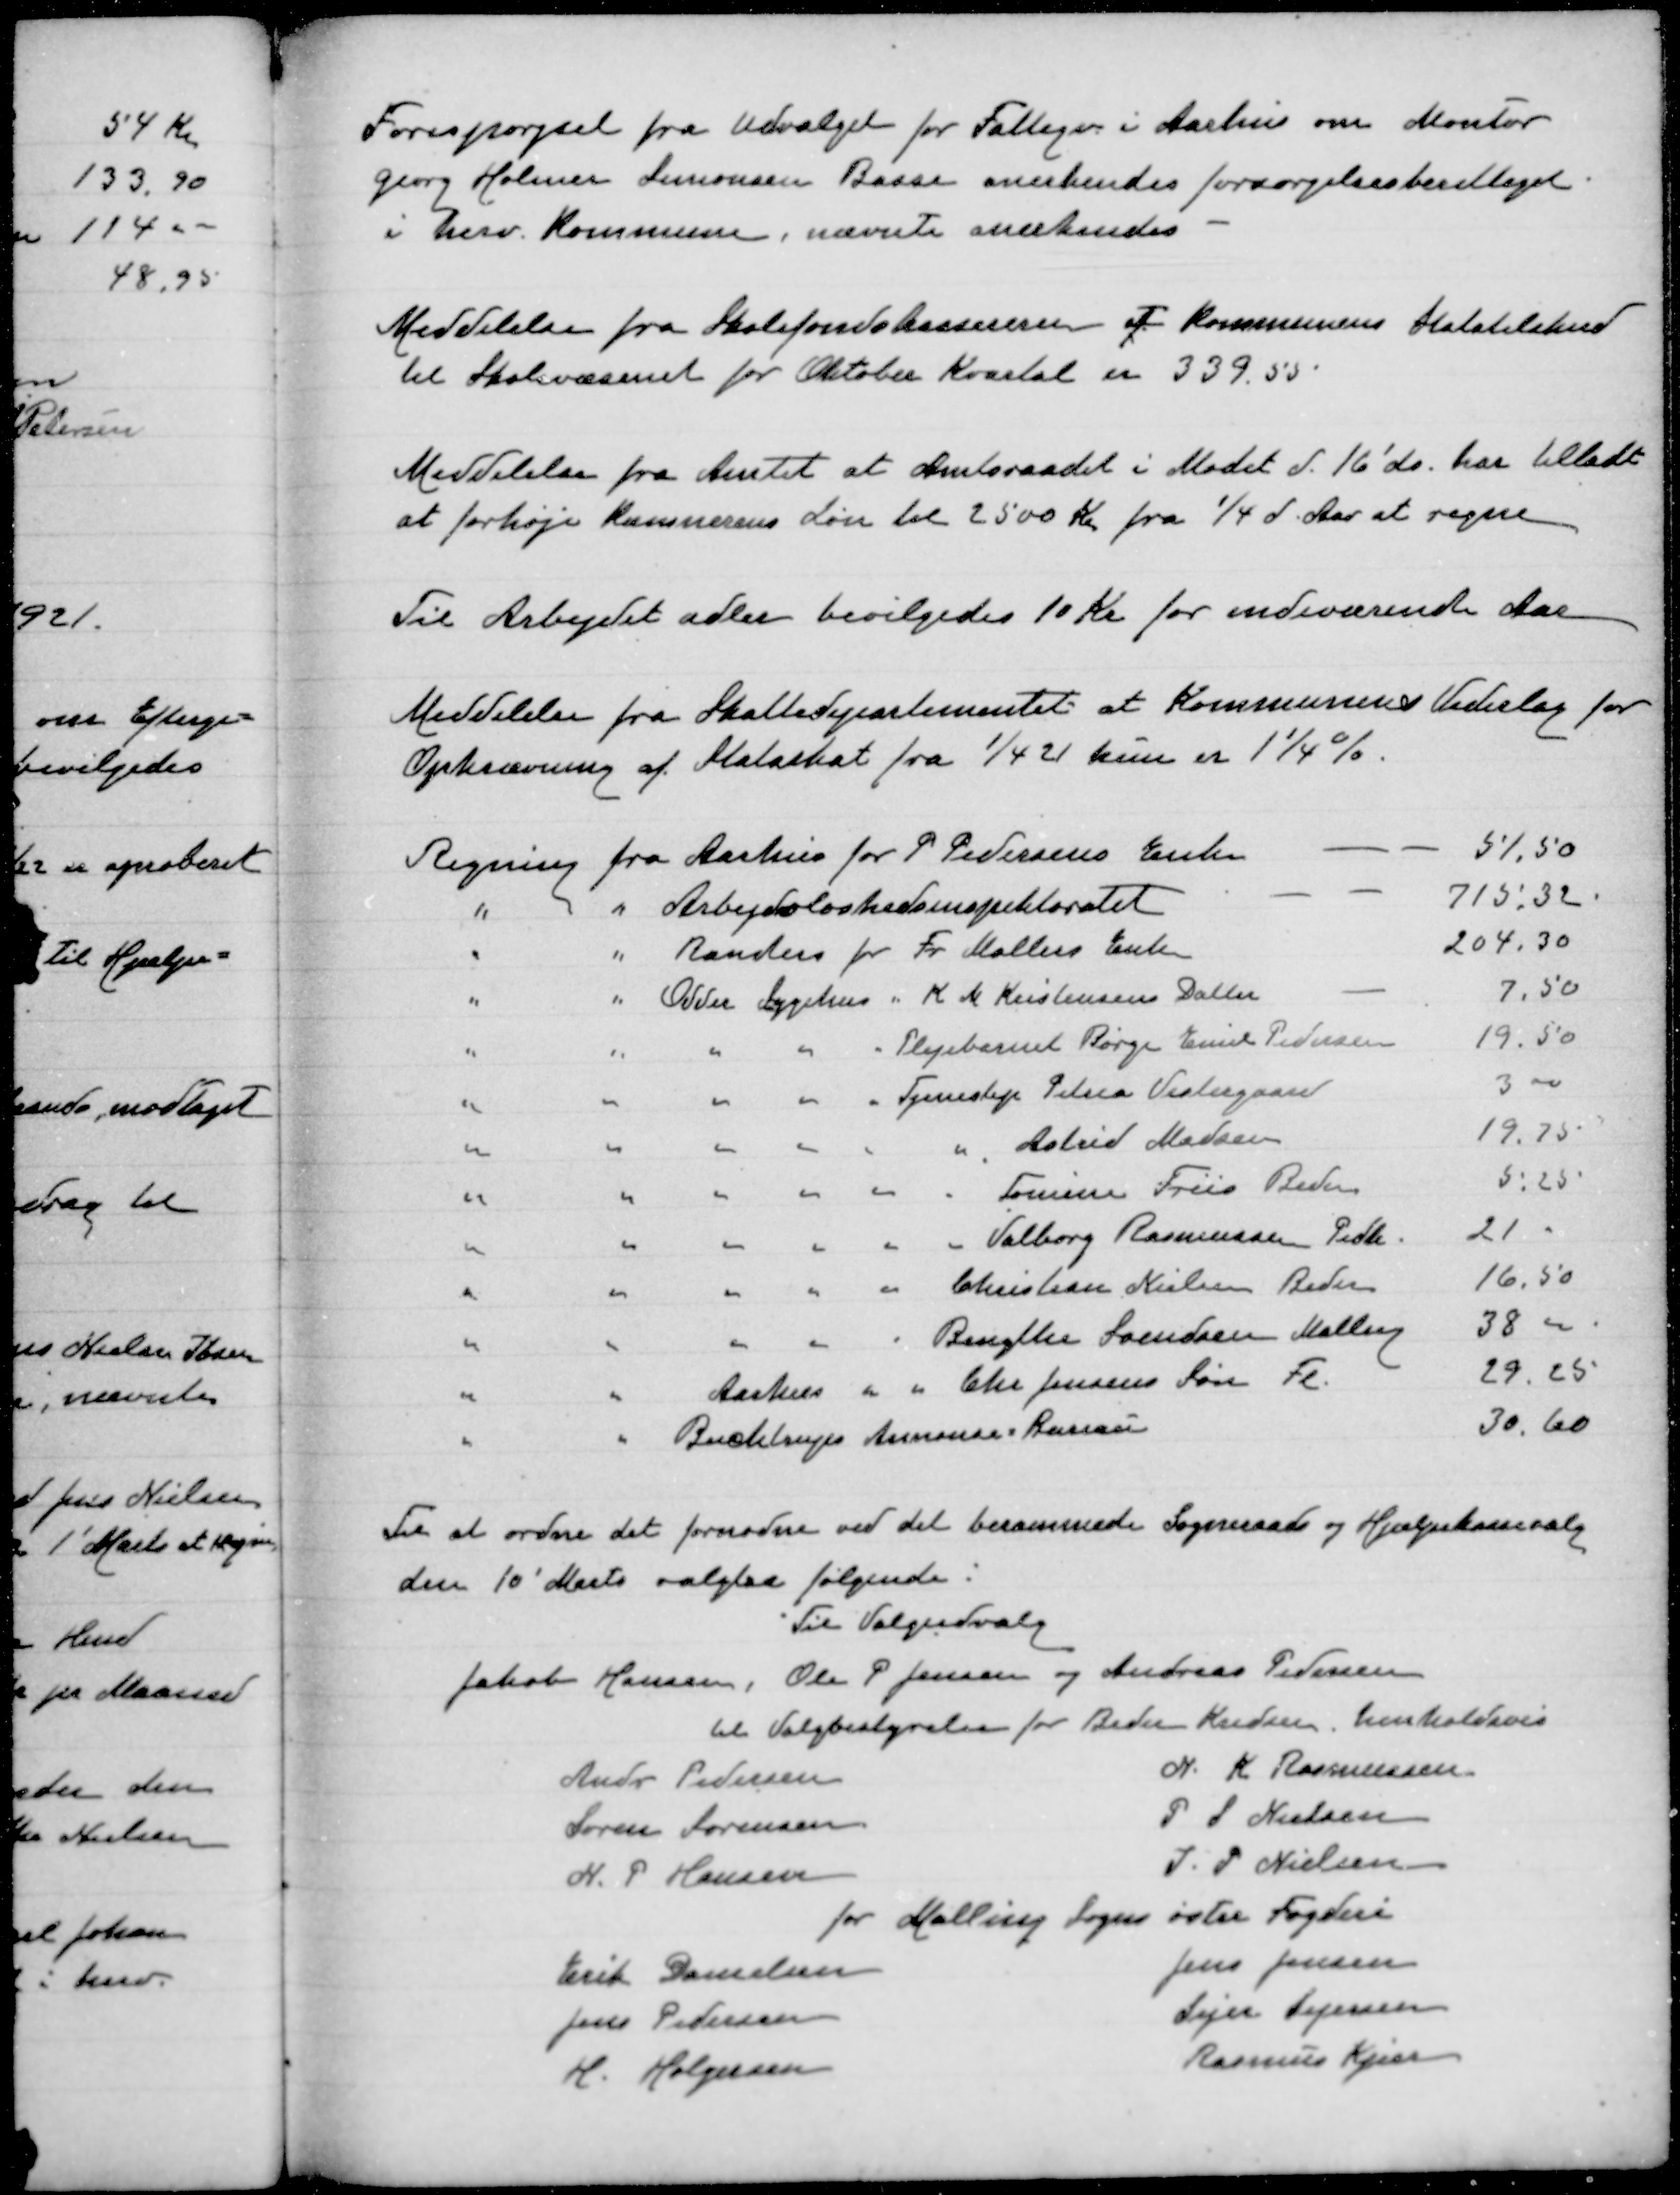
Transskription:
Forespørgsel fra udvalget for Fattigv i Aarhus om Montør
Georg Holmer Simonsen Basse anerkendes forsørgelsesberettiget
i herv Kommune, nævnte anerkendes

Meddelelse fra Skolefondskassereren at Kommunens Statstilskud
til Skolevæsenet for Oktober Kvartal er 339,55

Meddelelse fra Amtet at Amtsraadet i Mødet d. 16'ds har tilladt
at forhøje Kæmnerens Løn til 2500 Kr fra 1/4 d. Aar at regne

Til Arbejdet adler bevilgedes 10 Kr for indeværende Aar

Meddelelse fra Skattedepartementet at Kommunens Vederlag for
Opkrævning af Statsskat fra 1/4 21 kun er 1¼ %

Til at ordne det fornødne ved det kommende Sogneraads og Hjælpekassevalg
den 10' Marts valgtes følgende:

Til Valgudvalg
Jakob Hansen, Ole P Jensen og Andreas Pedersen
til Valgbestyrelse for Beder Kredsen, henholdsvis
Andr Pedersen
N. K Rasmussen
Søren Sørensen
P J Nielsen
N. P Hansen
J. P Nielsen
for Malling Sogns østre Fogderi
Erik Danielsen
Jens Jensen
Jens Pedersen
Sejer Sejersen
H. Holgersen
Rasmus Kjær